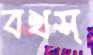
বখস্